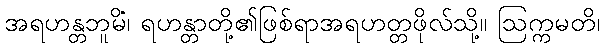
အရဟန္တဘူမိံ၊ ရဟန္တာတို့၏ဖြစ်ရာအရဟတ္တဖိုလ်သို့။ ဩက္ကမတိ၊